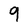
Character: 9